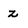
Character: z